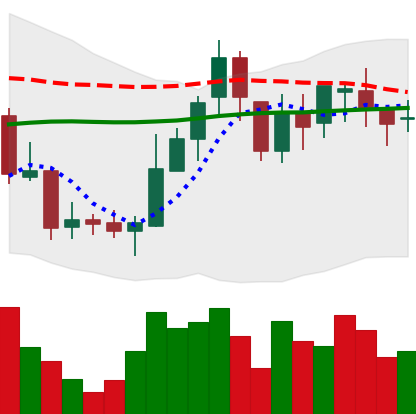
Ticker: BNB-USD
Chart end date: 2018-08-06
Forward return: -14.326%
Label: down_7plus